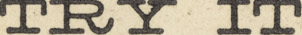
TRY IT